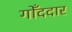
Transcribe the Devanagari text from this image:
गोँददार